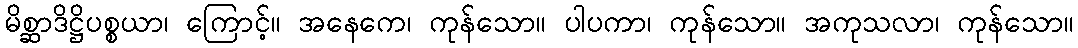
မိစ္ဆာဒိဋ္ဌိပစ္စယာ၊ ကြောင့်။ အနေကေ၊ ကုန်သော။ ပါပကာ၊ ကုန်သော။ အကုသလာ၊ ကုန်သော။